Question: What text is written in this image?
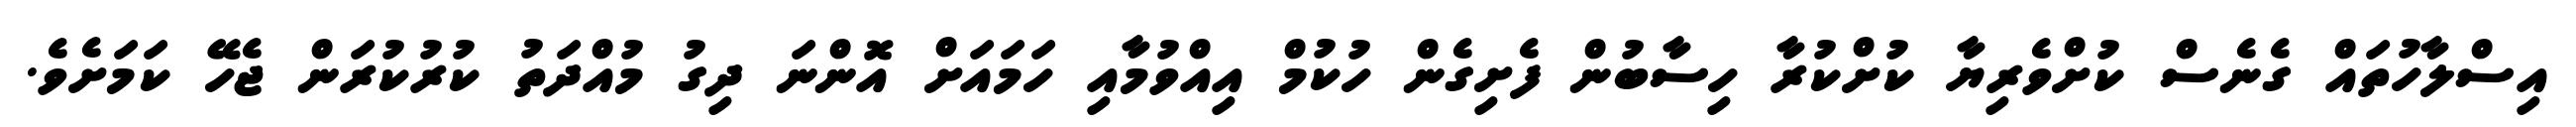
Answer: އިސްލާހުތައް ގެނެސް ކުށްވެރިޔާ ކުށްކުރާ ހިސާބުން ފެށިގެން ހުކުމް އިއްވުމާއި ހަމައަށް އޮންނަ ދިގު މުއްދަތު ކުރުކުރަން ޖެހޭ ކަމަށެވެ.